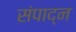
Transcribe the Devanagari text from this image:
संपाद्न